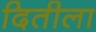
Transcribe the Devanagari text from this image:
दितीला